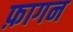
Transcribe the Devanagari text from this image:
फ़ागन